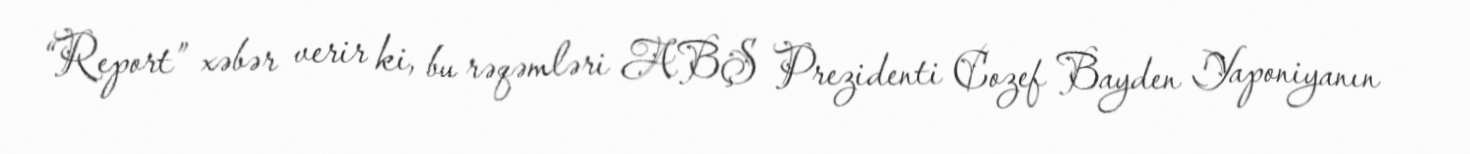
“Report” xəbər verir ki, bu rəqəmləri ABŞ Prezidenti Cozef Bayden Yaponiyanın